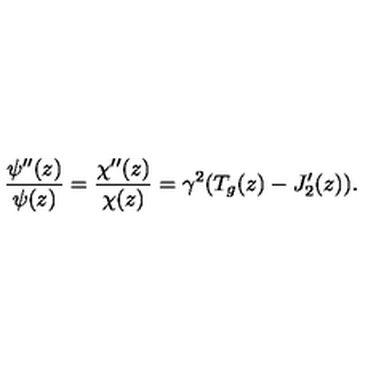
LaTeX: \frac { \psi ^ { \prime \prime } ( z ) } { \psi ( z ) } = \frac { \chi ^ { \prime \prime } ( z ) } { \chi ( z ) } = \gamma ^ { 2 } ( T _ { g } ( z ) - J _ { 2 } ^ { \prime } ( z ) ) .